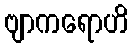
ဗျာကရောဟိ